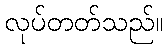
လုပ်တတ်သည်။